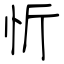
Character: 忻